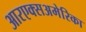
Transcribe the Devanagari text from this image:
आरएक्सअमेरिका